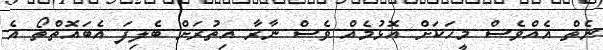
ނެތް އެއްވެސް މީހަކަށް އޮޅުމެއް ވެސް ނާރާ އިތުރަށް ބެލިފަ އެބައޮތްތޯ އެ